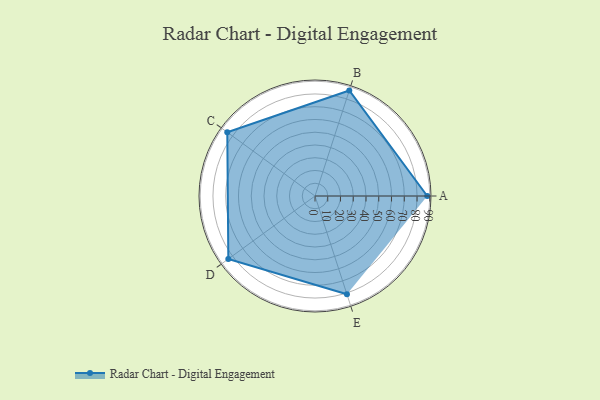
{"axis": {"x": "Skill", "y": "Score"}, "legend": ["Profile"], "data": [{"x": "A", "y": 88.0, "type": "Profile"}, {"x": "B", "y": 87.0, "type": "Profile"}, {"x": "C", "y": 85.0, "type": "Profile"}, {"x": "D", "y": 84.0, "type": "Profile"}, {"x": "E", "y": 81.0, "type": "Profile"}]}